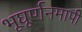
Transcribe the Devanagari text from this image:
भूघूर्णनमापी